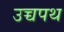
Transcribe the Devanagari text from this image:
उच्चपथ